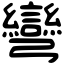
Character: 彎